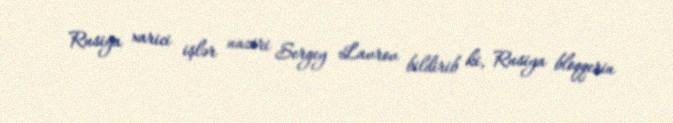
Rusiya xarici işlər naziri Sergey Lavrov bildirib ki, Rusiya bloqqerin